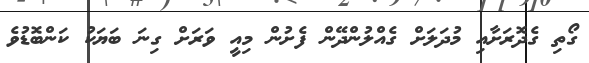
ގޯތި ގެދޮރަށާއި މުދަލަށް ގެއްލުންދޭން ފެށުން މިއީ ވަރަށް ގިނަ ބަޔަކު ކަންބޮޑުވެ